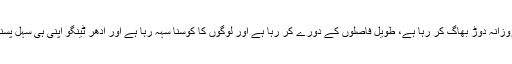
اس کی بکواس ہمیشہ یہی ہوتی کہ ادھر وہ روزانہ دوڑ بھاگ کر رہا ہے، طویل فاصلوں کے دورے کر رہا ہے اور لوگوں کا کوسنا سہہ رہا ہے اور اُدھر ٹینگو اپنی ہی سہل پسند دنیا میں مگن مفت کی روٹیاں توڑ رہا ہے۔